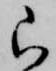
ら